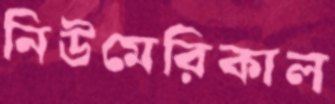
নিউমেরিকাল